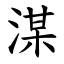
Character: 湈